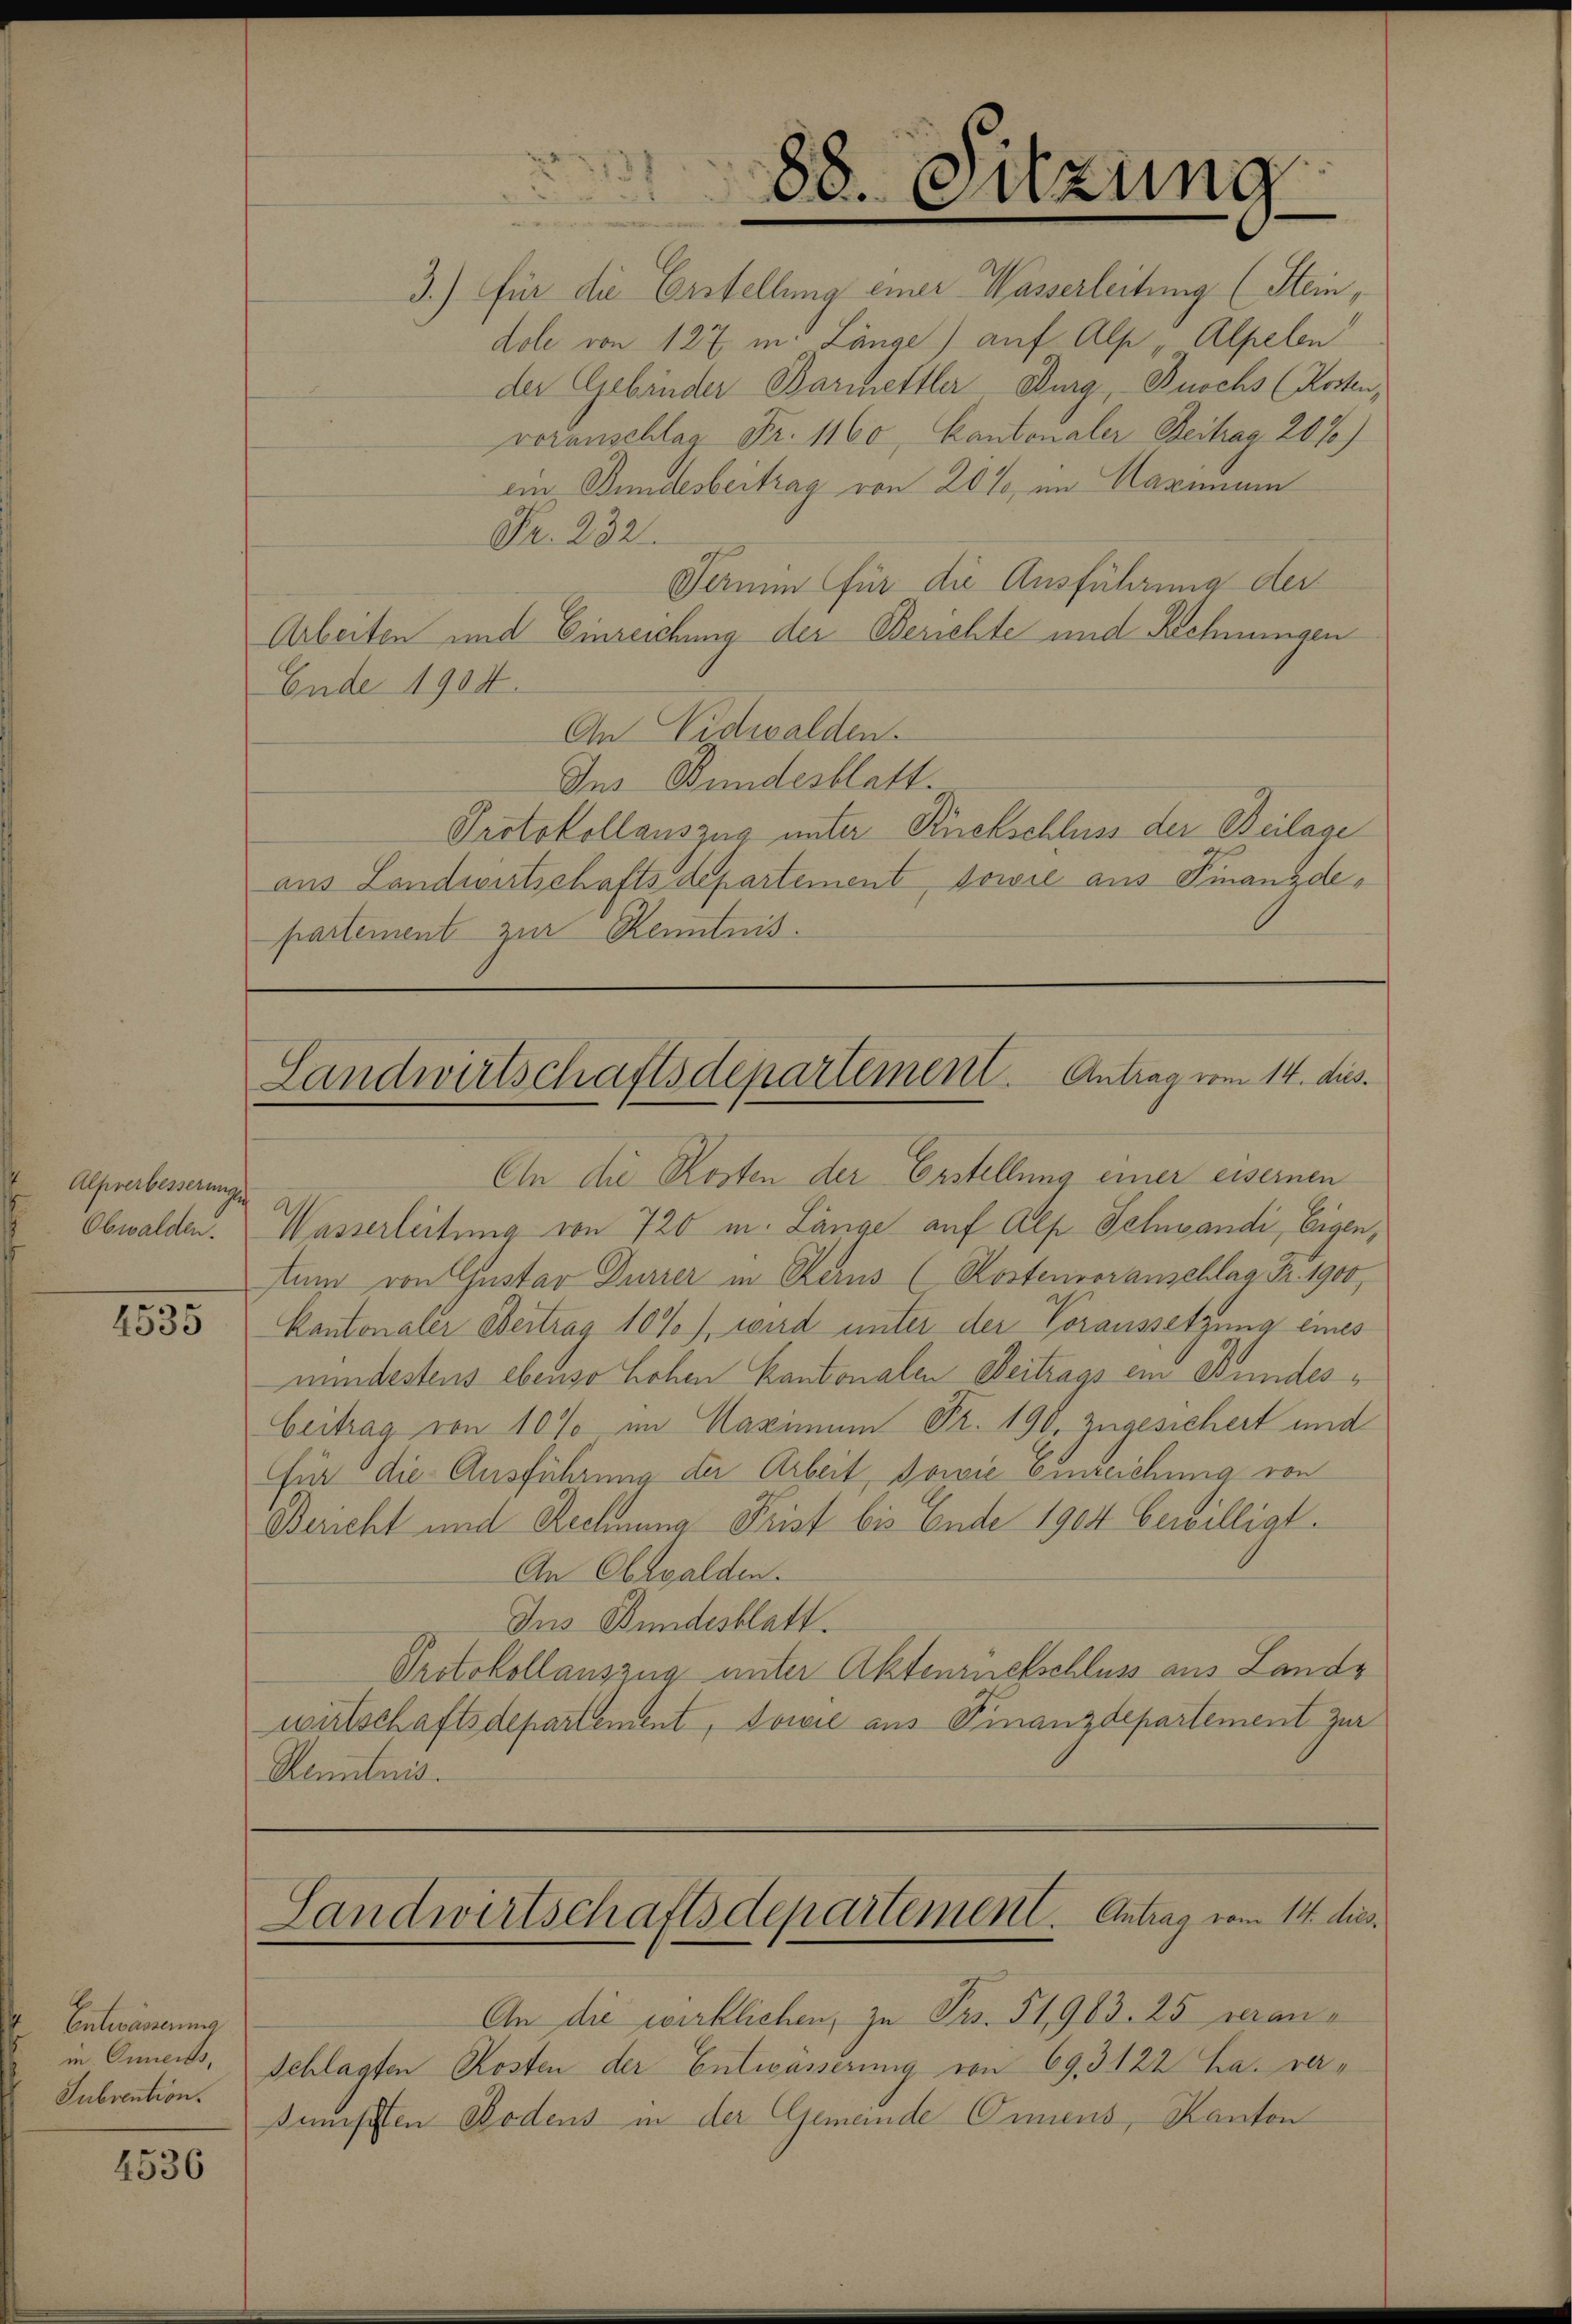
Alprerbesserungen
Obwalden.

4535

Entwärterung
m. Onmens,
Subvention.

4536

3.) Für die Erstellung einer Wasserleitung (Stein,
dole von 127 in Länge) auf Alp "Alpelen
der Gebinder Barmhettler Burg, Buchs (Kosten,
voranschlag Fr. 1160, Kantonaler Beitrag 2070)
ein Bundesbeitrag von 20% im Harmun
Fr. 232.
Termin für die Ausführung der
Arbeiten und Einreichung der Berichte und Rechnungen
Ende 1904.
An Nidwalden.
Ins Bundesblatt.
Protokollauszug unter Rückschluss der Beilage
aus Landwirtschaftsdepartement, sowie aus Finanzdepartement zur Kenntnis.

Ein die Kosten der Erstellung einer eisernen
Wasserleitung von 720 m. Länge auf Alp Schwandi, Eigen,
tum von Gustav Dürrer in Rarus (Kostenvoranschlag Fr. 1900,
Kantonaler Beitrag 10%) wird unter der Voraussetzung eines
mindestens ebenso hohen Kantonalen Beitrags ein Bundes¬
Beitrag von 10% im Maximum Fr. 190. zugesichert und
für die Ausführung der Arbeit, sowie einreichung von
Bericht und Rechnung Frist bis Ende 1904 bewilligt.
An Obwalden.
Ins Bundesblatt.
Protokollauszug unter Aktenrnetschluss aus Lande
wirtschaftsdepartement, sowie aus Finanzdepartement zur
Kenntnis.

88. Sitzung

Landwirtschaftsdepartement. Antrag vom 14. dies.

Landwirtschaftsdepartement. Antrag vom 14. dies

An die wirklichen, zu Frs. 51,963. 25 veran¬
Schlagten Kosten der Entwässerung von 69,3122 La. versumpften Bodens in der Gemeinde Oriens, Kanton